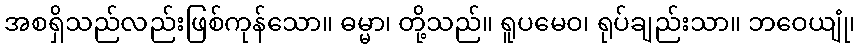
အစရှိသည်လည်းဖြစ်ကုန်သော။ ဓမ္မာ၊ တို့သည်။ ရူပမေဝ၊ ရုပ်ချည်းသာ။ ဘဝေယျုံ၊